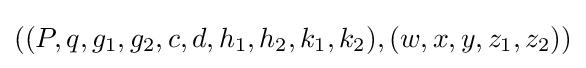
((P,q,g_{1},g_{2},c,d,h_{1},h_{2},k_{1},k_{2}),(w,x,y,z_{1},z_{2}))